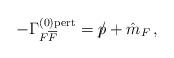
LaTeX: \begin{align*}-\Gamma^{(0){\rm{pert}}}_{F{\overline{F}}} = p{\hspace{-0.2cm}/} +\hat{m}_{F} \, ,\end{align*}